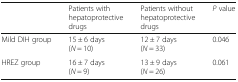
<table><thead><tr><td></td><td><b>Patients with hepatoprotective drugs</b></td><td><b>Patients without hepatoprotective drugs</b></td><td><b><i>P</i> value</b></td></tr></thead><tbody><tr><td>Mild DIH group</td><td>15 ± 6 days(<i>N</i> = 10)</td><td>12 ± 7 days(<i>N</i> = 33)</td><td>0.046</td></tr><tr><td>HREZ group</td><td>16 ± 7 days(<i>N</i> = 9)</td><td>13 ± 9 days(<i>N</i> = 26)</td><td>0.061</td></tr></tbody></table>